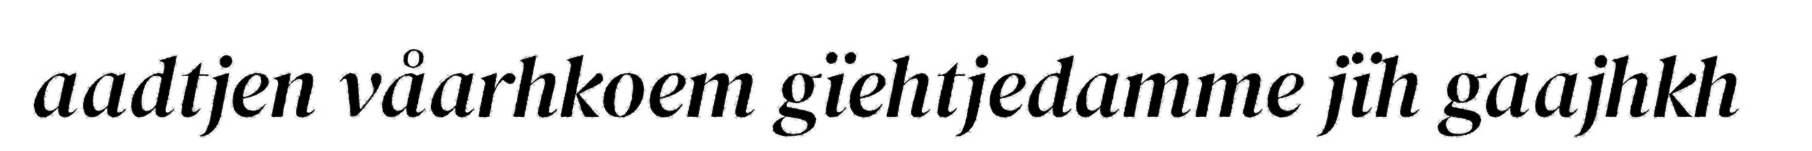
aadtjen våarhkoem gïehtjedamme jïh gaajhkh